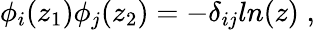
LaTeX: \phi_{i}(z_{1})\phi_{j}(z_{2})=-\delta_{ij}ln(z)\; ,